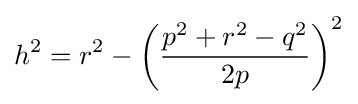
h^{2}=r^{2}-\left({\frac {p^{2}+r^{2}-q^{2}}{2p}}\right)^{2}